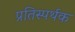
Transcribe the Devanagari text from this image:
प्रतिस्पर्थक